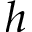
h